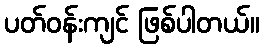
ပတ်ဝန်းကျင် ဖြစ်ပါတယ်။